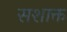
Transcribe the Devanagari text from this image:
सशाक्त